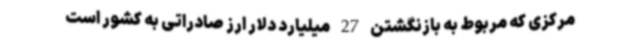
مرکزی که مربوط به بازنگشتن 27 میلیارد دلار ارز صادراتی به کشور است